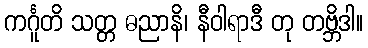
ကင်္ဂူတိ သတ္တ ဓညာနိ၊ နီဝါရာဒီ တု တဗ္ဘိဒါ။